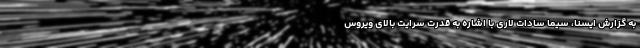
به گزارش ایسنا، سیما سادات لاری با اشاره به قدرت سرایت بالای ویروس